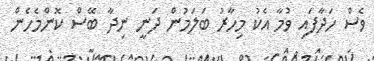
ވެސް ހަދާފައި ވުމާ އެކު މިހާރު ބަލަމުން ދަނީ ނިދާ ބޭސް ކޮންމެހެން